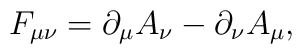
F_{\mu \nu }=\partial _\mu A_\nu -\partial _\nu A_\mu ,